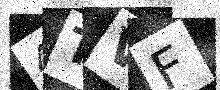
Text: 4TVF